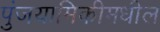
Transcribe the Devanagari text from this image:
पुंजयामिकीमधील